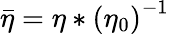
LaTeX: \bar{\eta}={\eta}*\left({\eta_{0}}\right)^{-1}